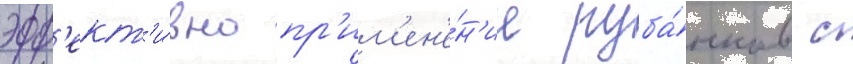
эфф'ект'и́вно пр'им'ен'е́н'ие руба́нков с